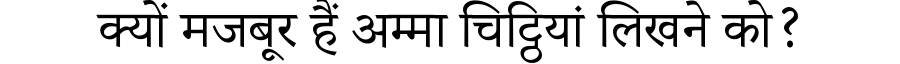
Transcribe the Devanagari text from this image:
क्यों मजबूर हैं अम्मा चिट्ठियां लिखने को?